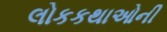
લોકકથાઓની